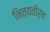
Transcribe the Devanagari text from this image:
नित्यतीर्थ